system: You are a helpful assistant.
user:
Analyze the provided spectrum to determine if it is a **"Cataclysmic Variables (CV)"**.

- **Key Indicators for CV (Check for either state):**
    - **State 1: Quiescent / Low-State (Emission-Dominated)**
        - **(Primary):** Strong and *very broad* Hydrogen Balmer emission lines (e.g., $H\alpha$ at 6563 Å, $H\beta$ at 4861 Å). The 'broadness' (high velocity dispersion, often FWHM > 1000 km/s) is the key diagnostic, indicating a high-velocity accretion disk.
        - **(Secondary):** Broad neutral Helium (He I) emission lines (e.g., 5876 Å, 6678 Å).
        - **(Key Confirmation):** Presence of high-excitation *ionized* Helium (He II) emission at 4686 Å. This is a strong indicator of accretion onto a white dwarf.
        - **(Line Profile):** Emission lines may exhibit a 'double-peaked' profile, which is a classic signature of a rotating accretion disk viewed at high inclination.

    - **State 2: Outburst / High-State (Absorption-Dominated)**
        - **(Primary):** Spectrum is dominated by a bright, blue continuum (looks like a hot star).
        - **(Secondary):** The emission lines from State 1 are weak, absent, or 'filled in', and are replaced by broad, shallow *absorption* lines (primarily Balmer and He I).
        - **(Morphology):** The overall spectrum mimics a hot B/A-type star. The crucial difference is that the absorption lines are significantly broader, shallower, and more 'washed-out' (or 'smeared') than the sharp lines of a normal stellar photosphere, due to high rotational speeds and pressure broadening in the disk.

Think first, call **spectral_visualization_tool** if needed to examine features in detail, then provide your final answer. Your response must adhere to the following strict rules:
1.  **Overall Structure:** Your response must follow the format `<think>...</think> <tool_call>...</tool_call> (if a tool is used) <answer>...</answer>`.
2.  **Tool Usage Constraint:** You may only make **one** tool call per turn.
3.  **Final Answer Format:** In the `<answer>` tag, your conclusion must be inside a `\boxed{}` command (e.g., `\boxed{YES}`), followed by your justification.

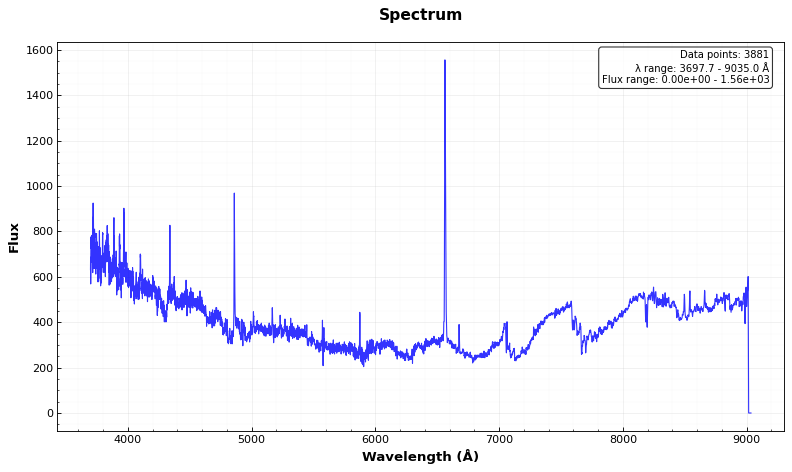
Answer: YES